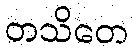
တသိတေ